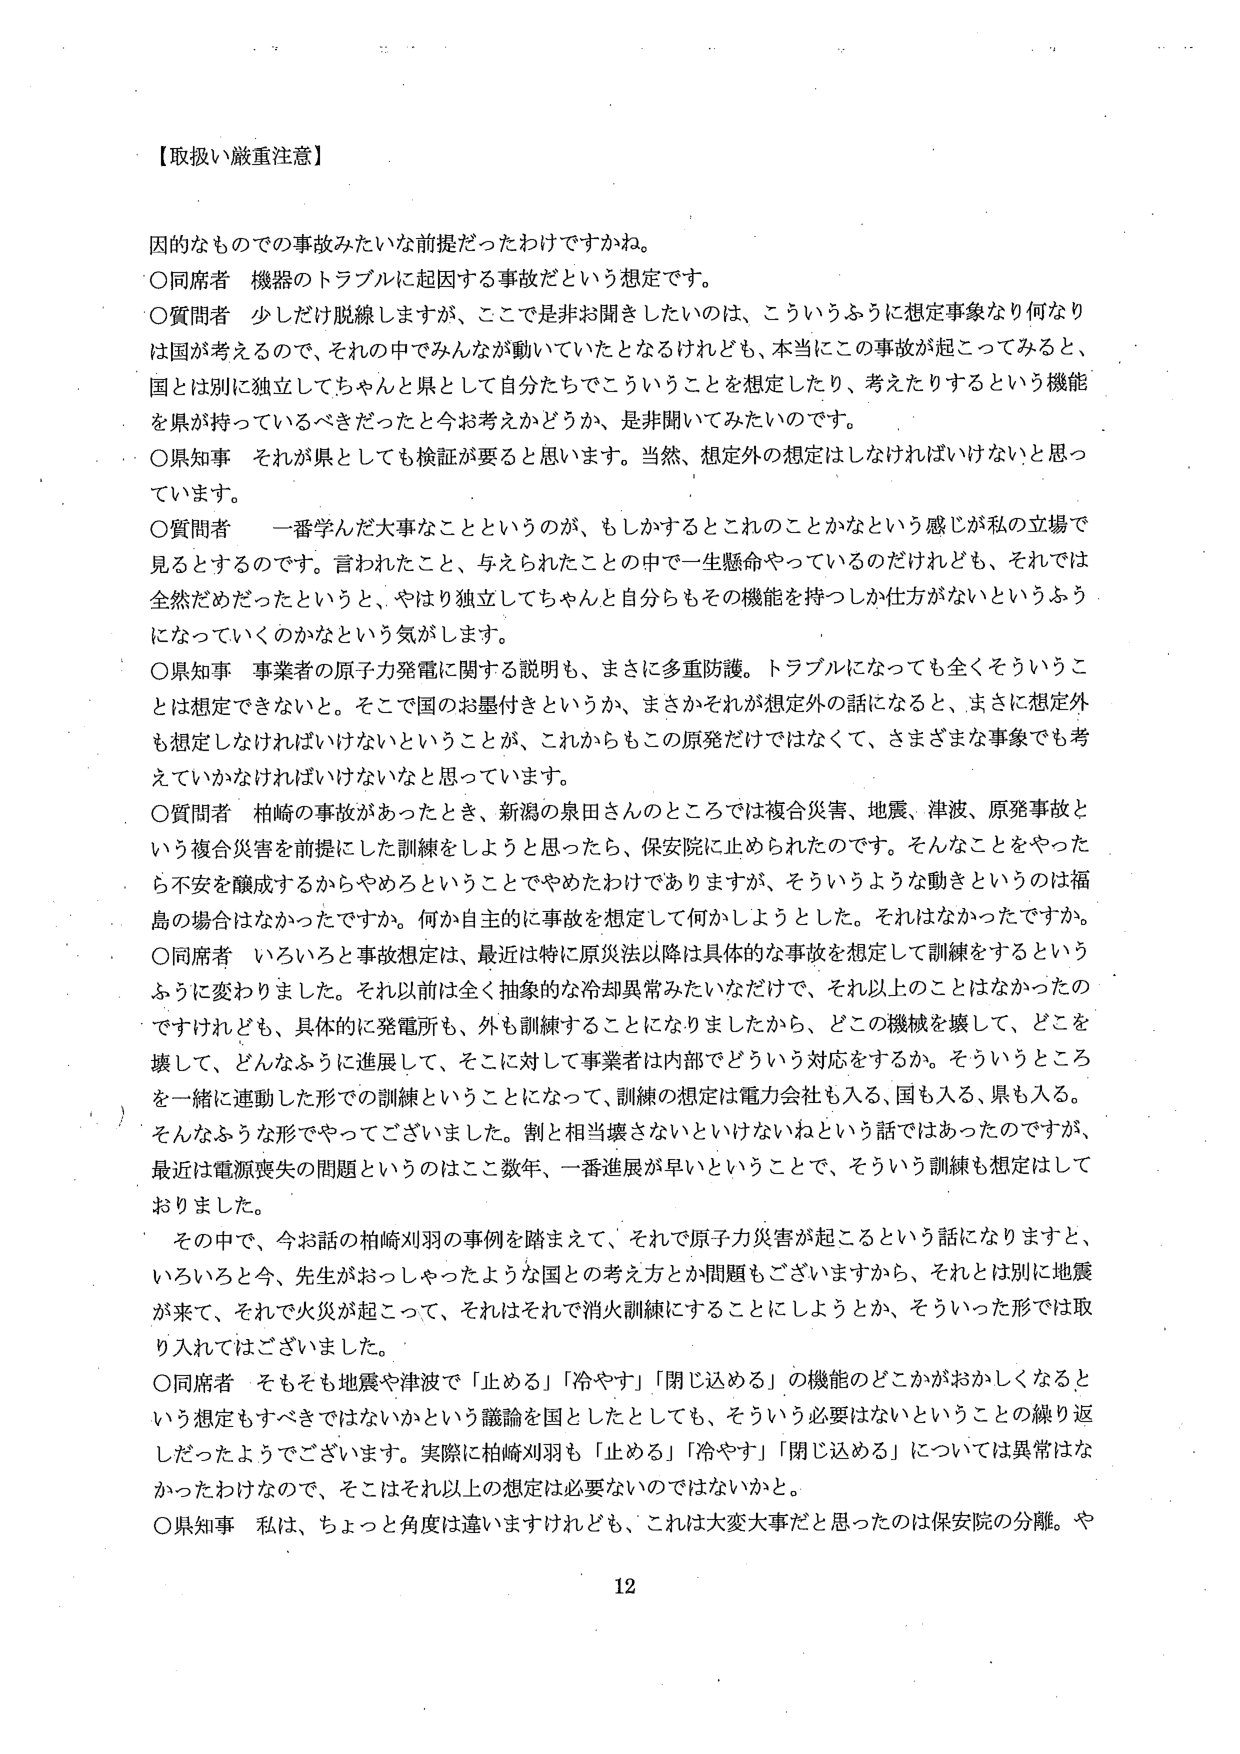
【取扱い厳重注意】

因的なものでの事故みたいな前提だったわけですかね。
〇同席者 機器のトラブルに起因する事故だという想定です。
〇質問者 少しだけ脱線しますが、ここでは非お聞きしたいのは、こういうふうに想定事象なり何なり
は国が考えるので、それの中でみんなが動いていたとなるけれども、本当にこの事故が起こってみると、
国とは別に独立してちゃんと県として自分たちでこういうことを想定したり、考えたりするという機能
を県が持っているべきだったと今お考えかどうか、是非聞いてみたいのです。
〇県知事 それが県としても検証が要ると思います。当然、想定外の想定はしなければいけないと思っ
ています。
〇質問者 一番学んだ大事なことというのが、もしかするとこれのことかなという感じが私の立場で
見るとするのです。言われたこと、与えられたことの中で一生懸命やっているのだけれども、それでは
全然だめだったというと、やはり独立してちゃんと自分らもその機能を持つしか仕方がないというふう
になっていくのかなという気がします。
〇県知事 事業者の原子力発電に関する説明も、まさに多重防護。トラブルになっても全くそういうこ
とは想定できないと。そこで国のお墨付きというか、まさかそれが想定外の話になると、まさに想定外
も想定しなければいけないということが、これからもこの原発だけではなくて、さまざまな事象でも考
えていかなければならないなと思っています。
〇質問者 柏崎の事故があったとき、新潟の泉田さんのところでは複合災害、地震、津波、原発事故と
いう複合災害を前提にした訓練をしようと思ったら、保安院に止められたのです。そんなことをやった
ら不安を醸成するからやめろということでやめたわけありますが、そういうような動きというのは福
島の場合はなかったですか。何か自主的に事故を想定して何かしようとした。それはなかったですか。
〇同席者 いろいろと事故想定は、最近は特に原災法以降は具体的な事故を想定して訓練をするという
ふうに変わりました。それ以前は全く抽象的な冷却異常みたいなだけで、それ以上のことはなかったの
ですけれども、具体的に発電所も、外も訓練することになりましたから、どこの機械を壊して、どこを
壊して、どんなふうに進展して、そこに対して事業者は内部でどういう対応をするか。そういうところ
を一緒に連動した形での訓練ということになって、訓練の想定は電力会社も入る、国も入る、県も入る。
そんなふうな形でやってございました。割と相当壊さないといけないねという話ではあったのですが、
最近は電源喪失の問題というのはここ数年、一番進展が早いということで、そういう訓練も想定はして
おりました。

その中で、今お話の柏崎刈羽の事例を踏まえて、それで原子力災害が起こるという話になりますと、
いろいろと今、先生がおっしゃったような国との考え方とか問題もございますから、それとは別に地震
が来て、それで火災が起こって、それはそれで消火訓練にすることにしようとか、そういった形では取
り入れてはございました。
〇同席者 そもそも地震や津波で「止める」「冷やす」「閉じ込める」の機能のどこかがおかしくなると
いう想定もすべきではないかという議論を国としたとしても、そういう必要はないということの繰り返
しだったようでございます。実際に柏崎刈羽も「止める」「冷やす」「閉じ込める」については異常はな
かったわけなので、そこはそれ以上の想定は必要ないのではないかと。
〇県知事 私は、ちょっと角度は違いますけれども、これは大変大事だと思ったのは保安院の分離。や

12